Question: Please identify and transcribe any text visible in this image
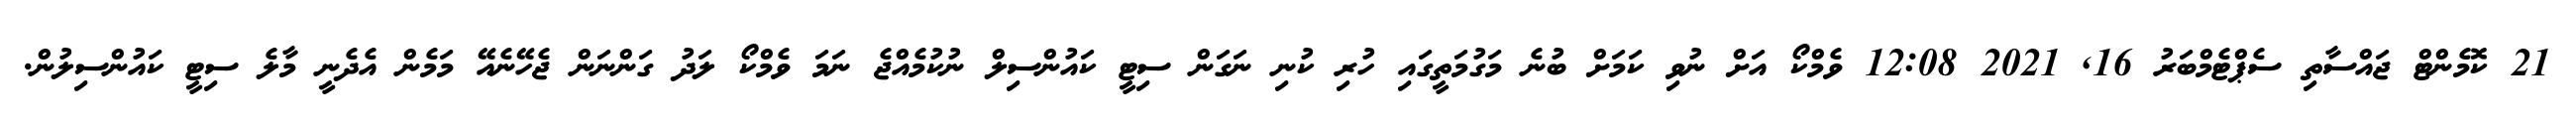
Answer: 21 ކޮމެންޓް ޖައްސާތި ސެޕްޓެމްބަރު 16, 2021 12:08 ވެމްކޯ އަށް ނުވި ކަމަށް ބުނެ މަގުމަތީގައި ހުރި ކުނި ނަގަން ސިޓީ ކައުންސިލް ނުކުމެއްޖެ ނަމަ ވެމްކޯ ލަދު ގަންނަން ޖެހޭނެއޭ މަމެން އެދެނީ މާލެ ސިޓީ ކައުންސިލުން.